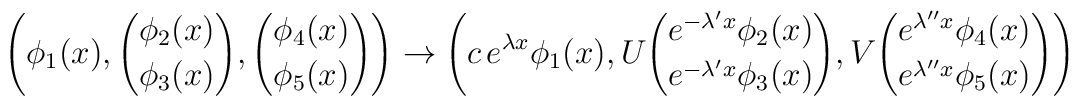
\Biggl( \phi_1(x), {\phi_2(x)\choose\phi_3(x)},{\phi_4(x)\choose\phi_5(x)} \Biggr) \rightarrow  \Biggl( c\, e\sp{\lambda x} \phi_1(x), U {e\sp{-\lambda\sp\prime x}\phi_2(x)\choose e\sp{-\lambda\sp\prime x}\phi_3(x)},V {e\sp{\lambda\sp{\prime\prime}x} \phi_4(x)\choose   e\sp{\lambda\sp{\prime\prime}x} \phi_5(x)} \Biggr)